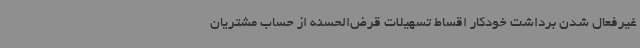
غیرفعال شدن برداشت خودکار اقساط تسهیلات قرض‌الحسنه از حساب مشتریان